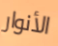
الأنوار